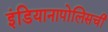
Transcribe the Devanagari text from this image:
इंडियानापोलिसची